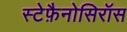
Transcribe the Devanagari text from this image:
स्टेफ़ैनोसिरॉस